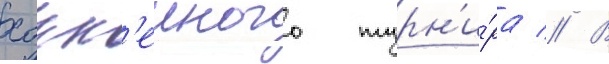
хокк'еиного турн'и́ра // В